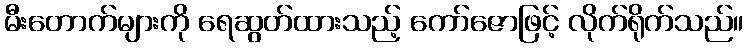
မီးတောက်များကို ရေဆွတ်ထားသည့် ကော်ဇောဖြင့် လိုက်ရိုက်သည်။